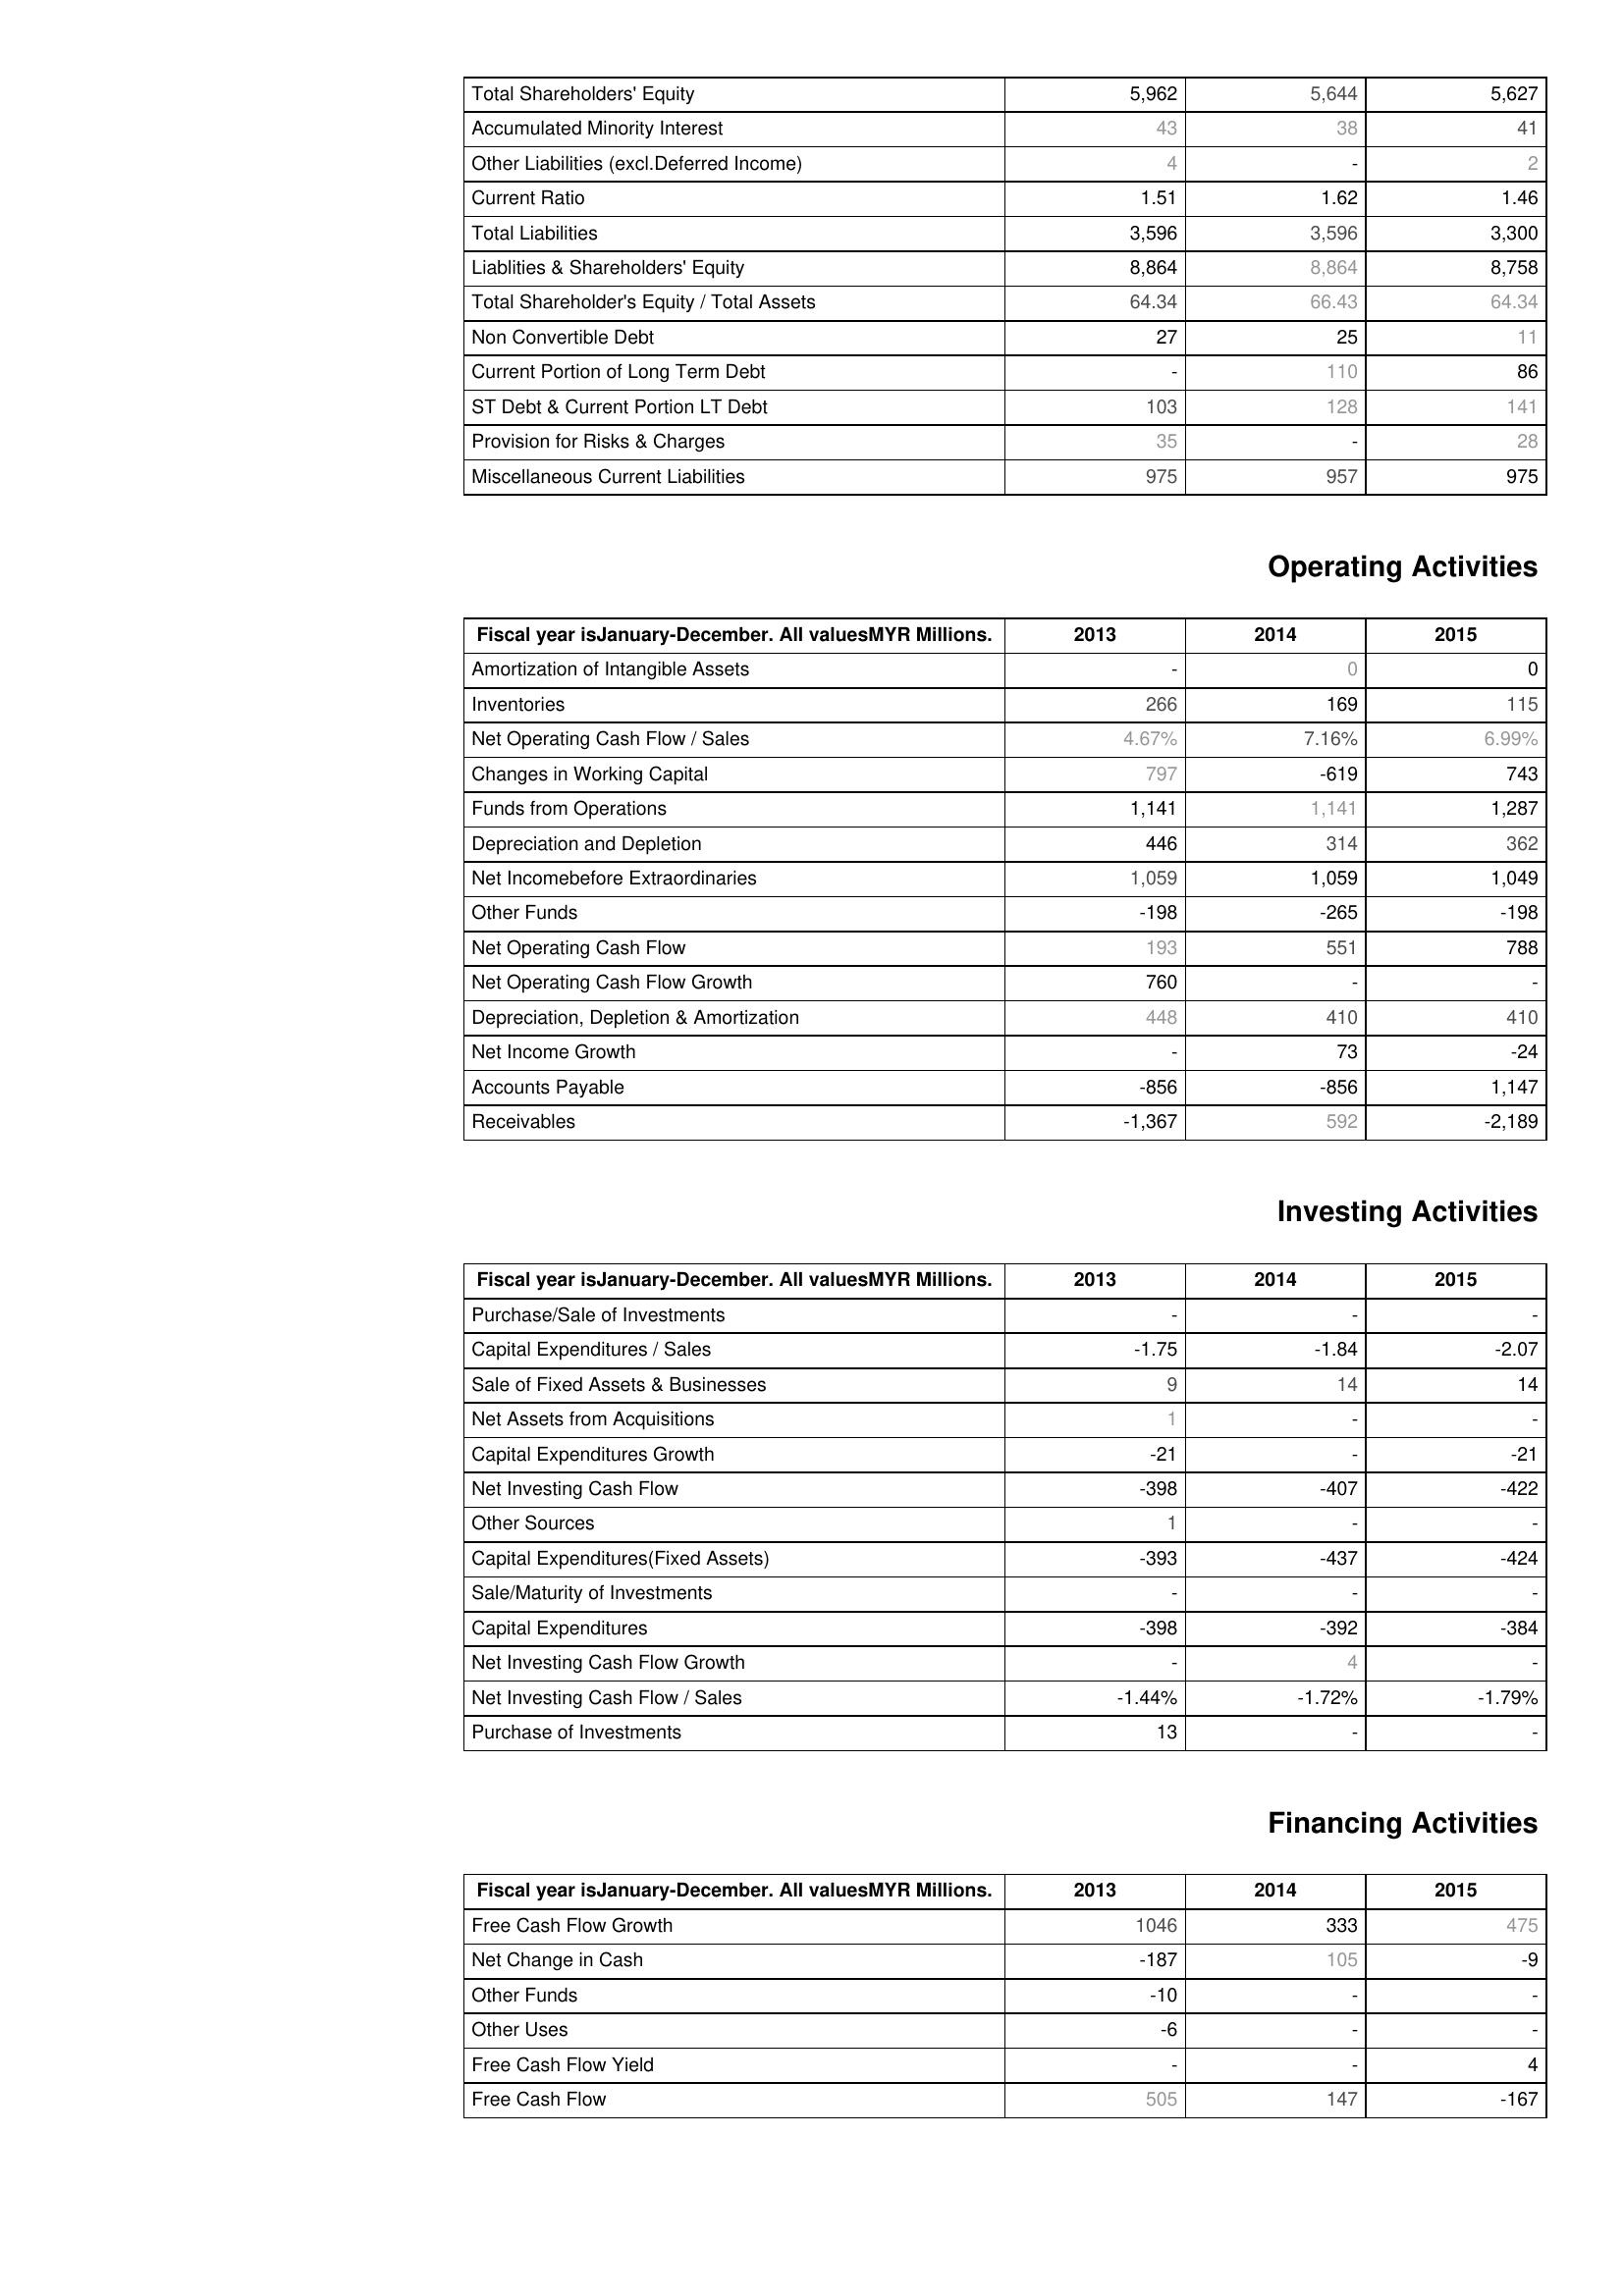
2013: Liabilities & Shareholder's Equity: Total Shareholders' Equity: 5,962
Accumulated Minority Interest: 43
Other Liabilities (excl.Deferred Income): 4
Current Ratio: 1.51
Total Liabilities: 3,596
Liablities & Shareholders' Equity: 8,864
Total Shareholder's Equity / Total Assets: 64.34
Non Convertible Debt: 27
Current Portion of Long Term Debt: -
ST Debt & Current Portion LT Debt: 103
Provision for Risks & Charges: 35
Miscellaneous Current Liabilities: 975
Operating Activities: Amortization of Intangible Assets: -
Inventories: 266
Net Operating Cash Flow / Sales: 4.67%
Changes in Working Capital: 797
Funds from Operations: 1,141
Depreciation and Depletion: 446
Net Incomebefore Extraordinaries: 1,059
Other Funds: -198
Net Operating Cash Flow: 193
Net Operating Cash Flow Growth: 760
Depreciation, Depletion & Amortization: 448
Net Income Growth: -
Accounts Payable: -856
Receivables: -1,367
Investing Activities: Purchase/Sale of Investments: -
Capital Expenditures / Sales: -1.75
Sale of Fixed Assets & Businesses: 9
Net Assets from Acquisitions: 1
Capital Expenditures Growth: -21
Net Investing Cash Flow: -398
Other Sources: 1
Capital Expenditures(Fixed Assets): -393
Sale/Maturity of Investments: -
Capital Expenditures: -398
Net Investing Cash Flow Growth: -
Net Investing Cash Flow / Sales: -1.44%
Purchase of Investments: 13
Financing Activities: Free Cash Flow Growth: 1046
Net Change in Cash: -187
Other Funds: -10
Other Uses: -6
Free Cash Flow Yield: -
Free Cash Flow: 505
2014: Liabilities & Shareholder's Equity: Total Shareholders' Equity: 5,644
Accumulated Minority Interest: 38
Other Liabilities (excl.Deferred Income): -
Current Ratio: 1.62
Total Liabilities: 3,596
Liablities & Shareholders' Equity: 8,864
Total Shareholder's Equity / Total Assets: 66.43
Non Convertible Debt: 25
Current Portion of Long Term Debt: 110
ST Debt & Current Portion LT Debt: 128
Provision for Risks & Charges: -
Miscellaneous Current Liabilities: 957
Operating Activities: Amortization of Intangible Assets: 0
Inventories: 169
Net Operating Cash Flow / Sales: 7.16%
Changes in Working Capital: -619
Funds from Operations: 1,141
Depreciation and Depletion: 314
Net Incomebefore Extraordinaries: 1,059
Other Funds: -265
Net Operating Cash Flow: 551
Net Operating Cash Flow Growth: -
Depreciation, Depletion & Amortization: 410
Net Income Growth: 73
Accounts Payable: -856
Receivables: 592
Investing Activities: Purchase/Sale of Investments: -
Capital Expenditures / Sales: -1.84
Sale of Fixed Assets & Businesses: 14
Net Assets from Acquisitions: -
Capital Expenditures Growth: -
Net Investing Cash Flow: -407
Other Sources: -
Capital Expenditures(Fixed Assets): -437
Sale/Maturity of Investments: -
Capital Expenditures: -392
Net Investing Cash Flow Growth: 4
Net Investing Cash Flow / Sales: -1.72%
Purchase of Investments: -
Financing Activities: Free Cash Flow Growth: 333
Net Change in Cash: 105
Other Funds: -
Other Uses: -
Free Cash Flow Yield: -
Free Cash Flow: 147
2015: Liabilities & Shareholder's Equity: Total Shareholders' Equity: 5,627
Accumulated Minority Interest: 41
Other Liabilities (excl.Deferred Income): 2
Current Ratio: 1.46
Total Liabilities: 3,300
Liablities & Shareholders' Equity: 8,758
Total Shareholder's Equity / Total Assets: 64.34
Non Convertible Debt: 11
Current Portion of Long Term Debt: 86
ST Debt & Current Portion LT Debt: 141
Provision for Risks & Charges: 28
Miscellaneous Current Liabilities: 975
Operating Activities: Amortization of Intangible Assets: 0
Inventories: 115
Net Operating Cash Flow / Sales: 6.99%
Changes in Working Capital: 743
Funds from Operations: 1,287
Depreciation and Depletion: 362
Net Incomebefore Extraordinaries: 1,049
Other Funds: -198
Net Operating Cash Flow: 788
Net Operating Cash Flow Growth: -
Depreciation, Depletion & Amortization: 410
Net Income Growth: -24
Accounts Payable: 1,147
Receivables: -2,189
Investing Activities: Purchase/Sale of Investments: -
Capital Expenditures / Sales: -2.07
Sale of Fixed Assets & Businesses: 14
Net Assets from Acquisitions: -
Capital Expenditures Growth: -21
Net Investing Cash Flow: -422
Other Sources: -
Capital Expenditures(Fixed Assets): -424
Sale/Maturity of Investments: -
Capital Expenditures: -384
Net Investing Cash Flow Growth: -
Net Investing Cash Flow / Sales: -1.79%
Purchase of Investments: -
Financing Activities: Free Cash Flow Growth: 475
Net Change in Cash: -9
Other Funds: -
Other Uses: -
Free Cash Flow Yield: 4
Free Cash Flow: -167